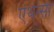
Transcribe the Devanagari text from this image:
एथेन्सी